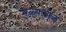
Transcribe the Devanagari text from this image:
मेळ्यांतील